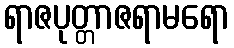
ရာဇပုတ္တာဇရာမရော